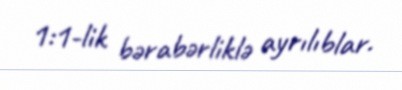
1:1-lik bərabərliklə ayrılıblar.